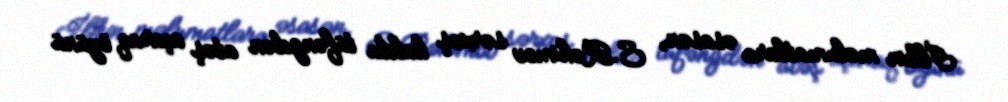
İlkin məlumatlara əsasən, S.Rəhimov sərxoş halda tüfəngdən atəş açaraq özünü